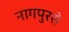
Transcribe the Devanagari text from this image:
नागपुरसे